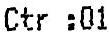
CTR :01